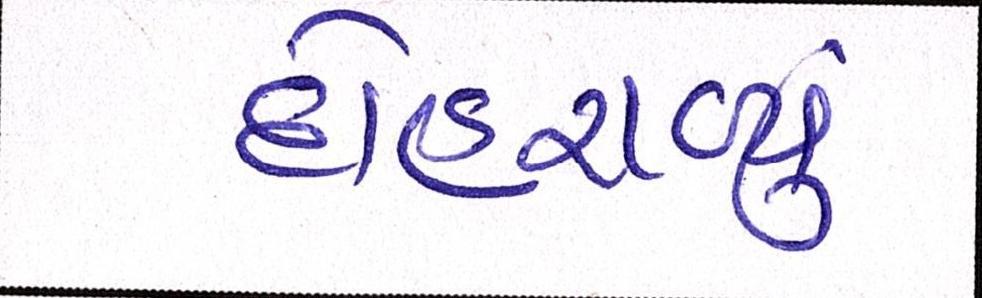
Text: દોહરાવ્યું